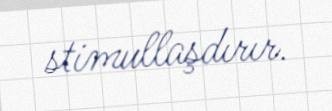
stimullaşdırır.